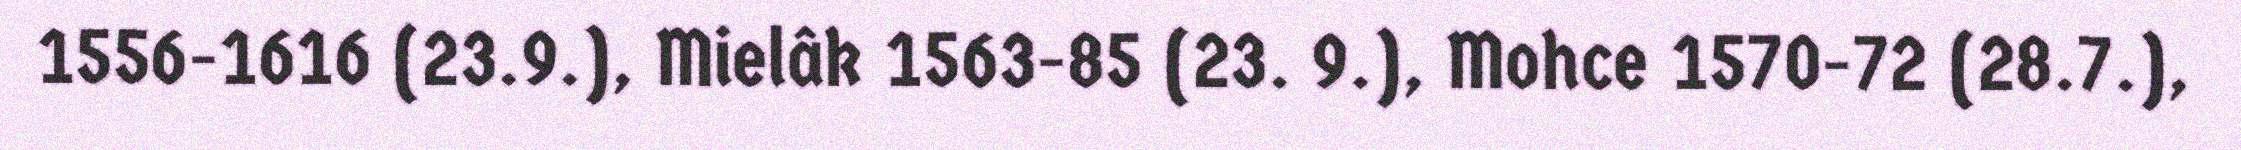
1556-1616 (23.9.), Mielâk 1563-85 (23. 9.), Mohce 1570-72 (28.7.),